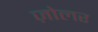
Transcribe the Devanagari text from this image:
ज़ोलर